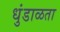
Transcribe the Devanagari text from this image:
धुंडाळता